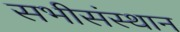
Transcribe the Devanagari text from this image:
सभीसंस्थान